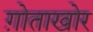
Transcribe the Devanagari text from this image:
ग़ोताखोर